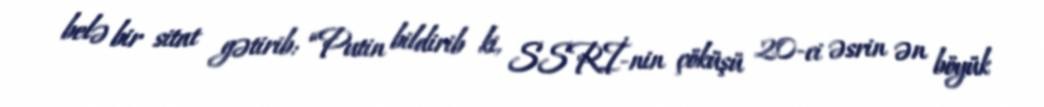
belə bir sitat gətirib: “Putin bildirib ki, SSRİ-nin çöküşü 20-ci əsrin ən böyük